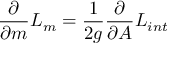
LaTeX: \frac { \partial } { { \partial } m } { \cal { L } } _ { m } = \frac { 1 } { 2 g } \frac { \partial } { \partial A } { \cal { L } } _ { i n t }